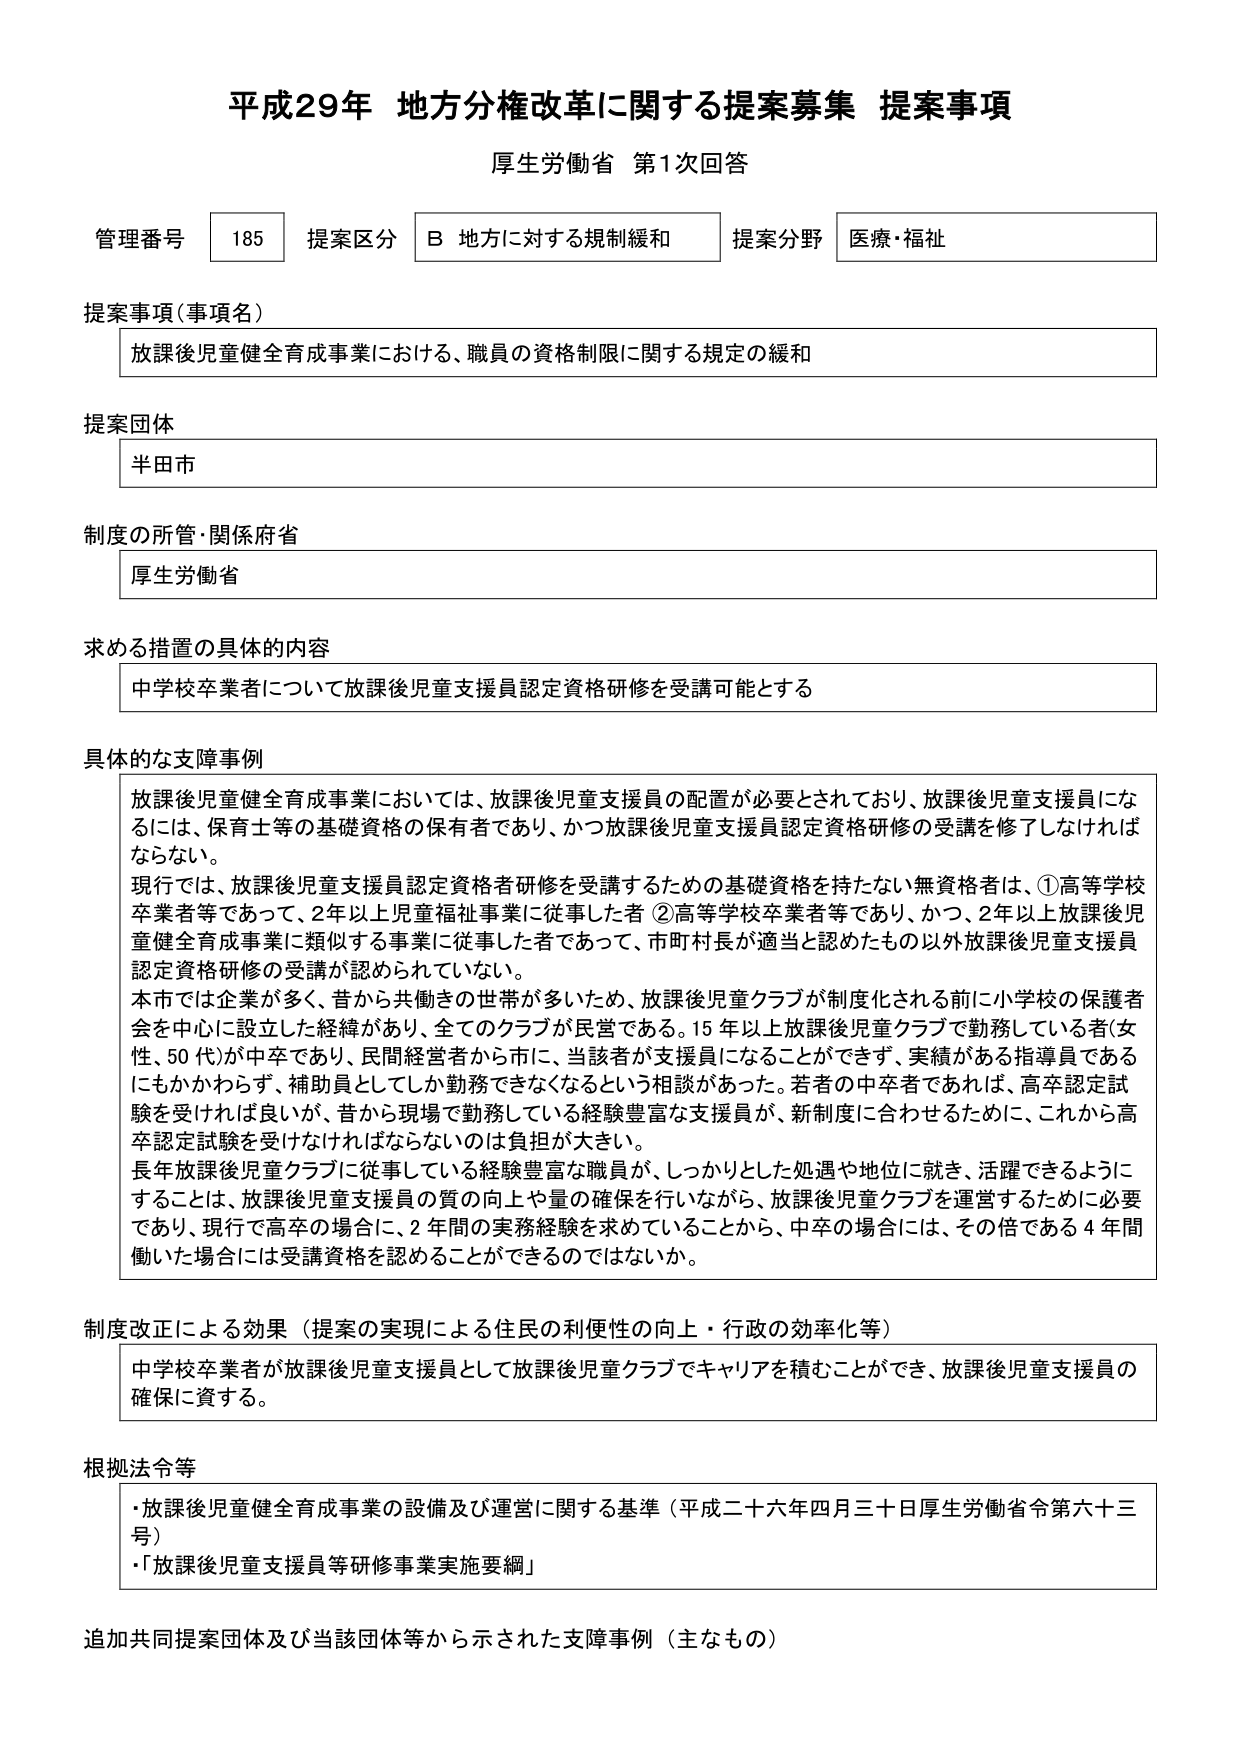
平成29年 地方分権改革に関する提案募集 提案事項
厚生労働省 第1次回答

管理番号 185 提案区分 B 地方に対する規制緩和 提案分野 医療・福祉

提案事項（事項名）
放課後児童健全育成事業における、職員の資格制限に関する規定の緩和

提案団体
半田市

制度の所管・関係府省
厚生労働省

求める措置の具体的内容
中学校卒業者について放課後児童支援員認定資格研修を受講可能とする

具体的な支障事例
放課後児童健全育成事業においては、放課後児童支援員の配置が必要とされており、放課後児童支援員になるには、保育士等の基礎資格の保有者であり、かつ放課後児童支援員認定資格研修の受講を修了しなければならない。
現行では、放課後児童支援員認定資格者研修を受講するための基礎資格を持たない無資格者は、①高等学校卒業者等であって、2年以上児童福祉事業に従事した者 ②高等学校卒業者等であり、かつ、2年以上放課後児童健全育成事業に類似する事業に従事した者であって、市町村長が適当と認めたもの以外放課後児童支援員認定資格研修の受講が認められていない。
本市では企業が多く、昔から共働きの世帯が多いため、放課後児童クラブが制度化される前に小学校の保護者会を中心に設立した経緯があり、全てのクラブが民営である。15年以上放課後児童クラブで勤務している者（女性、50代）が中卒であり、民間経営者から市に、当該者が支援員になることができず、実績がある指導員であるにもかかわらず、補助員としてしか勤務できなくなるという相談があった。若者の中卒者であれば、高卒認定試験を受ければ良いが、昔から現場で勤務している経験豊富な支援員が、新制度に合わせるために、これから高卒認定試験を受けなければならないのは負担が大きい。
長年放課後児童クラブに従事している経験豊富な職員が、しっかりとした処遇や地位に就き、活躍できるようにすることは、放課後児童支援員の質の向上や量の確保を行いながら、放課後児童クラブを運営するために必要であり、現行で高卒の場合に、2年間の実務経験を求めていることから、中卒の場合には、その倍である4年間働いた場合には受講資格を認めることができるのではないか。

制度改正による効果（提案の実現による住民の利便性の向上・行政の効率化等）
中学校卒業者が放課後児童支援員として放課後児童クラブでキャリアを積むことができ、放課後児童支援員の確保に資する。

根拠法令等
・放課後児童健全育成事業の設備及び運営に関する基準（平成二十六年四月三十日厚生労働省令第六十三号）
・「放課後児童支援員等研修事業実施要綱」

追加共同提案団体及び当該団体等から示された支障事例（主なもの）